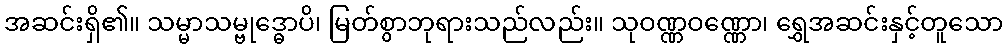
အဆင်းရှိ၏။ သမ္မာသမ္ဗုဒ္ဓောပိ၊ မြတ်စွာဘုရားသည်လည်း။ သုဝဏ္ဏဝဏ္ဏော၊ ရွှေအဆင်းနှင့်တူသော